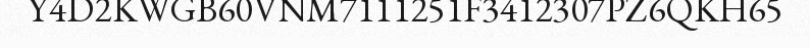
Y4D2KWGB60VNM7111251F3412307PZ6QKH65